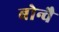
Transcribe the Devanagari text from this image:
बोन्वै